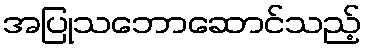
အပြုသဘောဆောင်သည့်